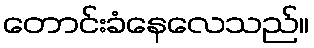
တောင်းခံနေလေသည်။